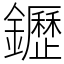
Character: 䥶